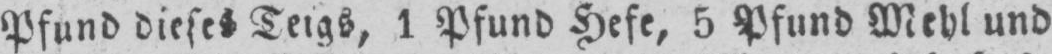
Pfund dieses Teigs, 1 Pfund Hefe, 5 Pfund Mehl und